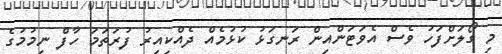
މި ގޯލަށްފަހު ވެސް އެވަޓަންއިން ރަނގަޅު ކުޅުމެއް ދެއްކިއިރު ފުރަތަމަ ހާފް ނިމުމުގެ